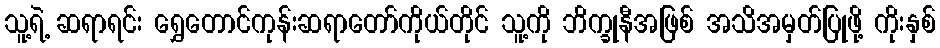
သူ့ရဲ့ ဆရာရင်း ရွှေတောင်ကုန်းဆရာတော်ကိုယ်တိုင် သူ့ကို ဘိက္ခုနီအဖြစ် အသိအမှတ်ပြုဖို့ ကိုးနှစ်